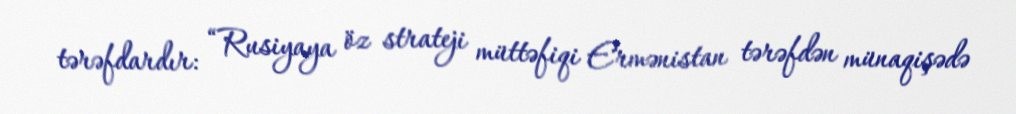
tərəfdardır: “Rusiyaya öz strateji müttəfiqi Ermənistan tərəfdən münaqişədə